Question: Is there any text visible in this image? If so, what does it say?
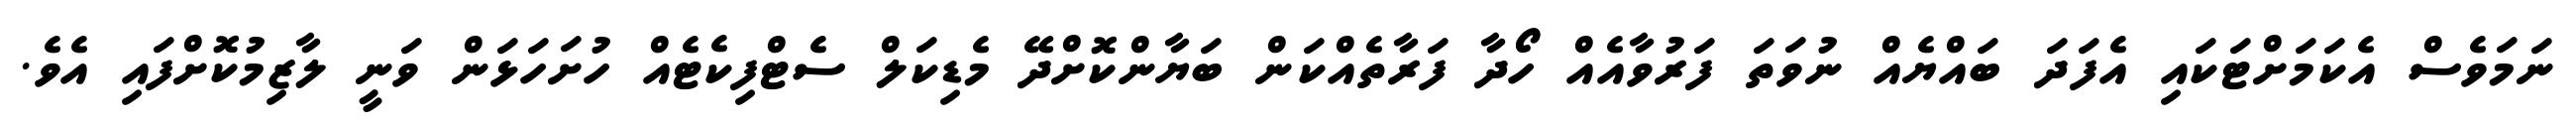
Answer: ނަމަވެސް އެކަމަށްޓަކައި އެފަދަ ބައްޔެއް ނުވަތަ ފަރުވާއެއް ހޯދާ ފަރާތެއްކަން ބަޔާންކޮށްދޭ މެޑިކަލް ސެޓްފިކެޓެއް ހުށަހަޅަން ވަނީ ލާޒިމުކޮށްފައި އެވެ.